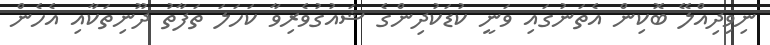
ނިވިދިއްލޭ ބޮކިން އެތަނުގައި ވަނީ ކުޑަކުދިންގެ ޝައުގުވެރިވާ ކަހަލަ ތަފާތު ދޫނިތަކާއި އެހެން